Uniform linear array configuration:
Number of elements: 16
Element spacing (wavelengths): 1
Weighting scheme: cosine
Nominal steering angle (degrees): -45
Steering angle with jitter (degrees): -43.531
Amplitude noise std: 0.05
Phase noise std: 0.05

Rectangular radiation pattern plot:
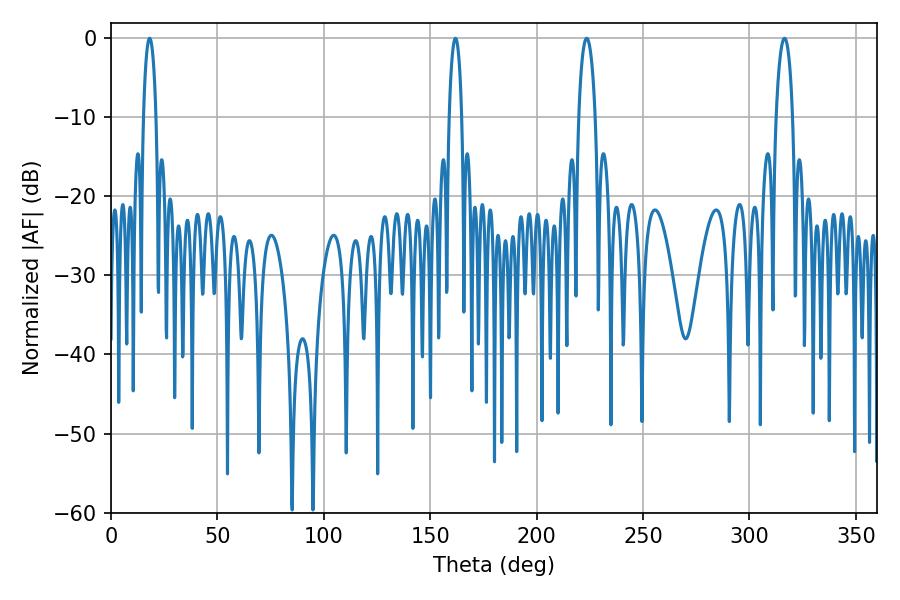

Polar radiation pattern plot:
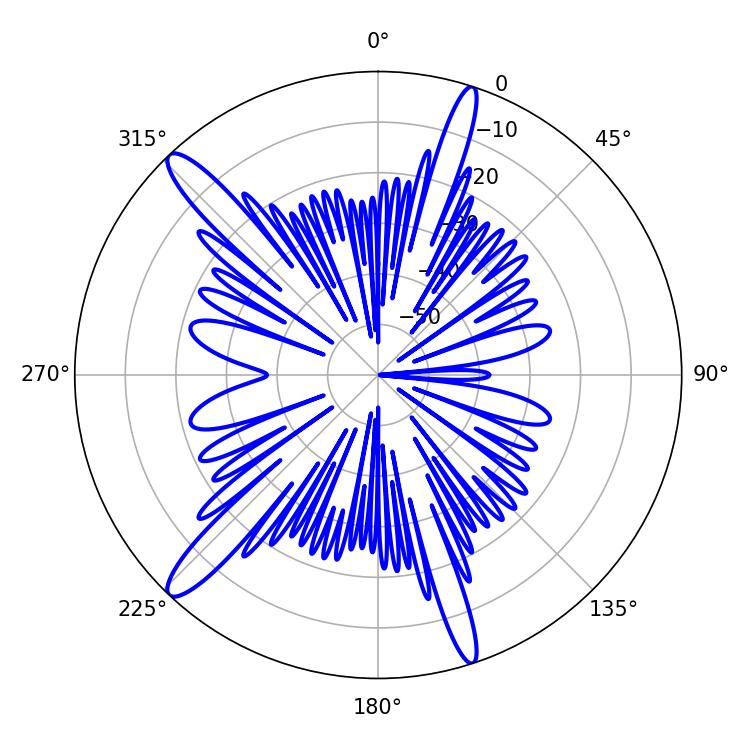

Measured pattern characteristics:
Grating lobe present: TRUE
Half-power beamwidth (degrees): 4.32
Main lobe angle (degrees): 223.56